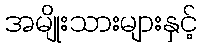
အမျိုးသားများနှင့်